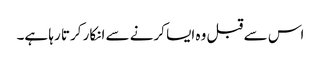
اس سے قبل وہ ایسا کرنے سے انکار کرتا رہا ہے۔